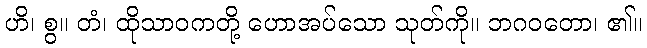
ဟိ၊ စွ။ တံ၊ ထိုသာဝကတို့ ဟောအပ်သော သုတ်ကို။ ဘဂဝတော၊ ၏။